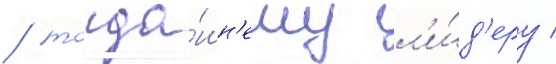
/ тогда́шн'ему л'и́д'еру /